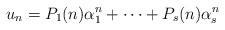
LaTeX: \begin{align*}u_n=P_1(n)\alpha_1^n+\cdots+P_s(n)\alpha_s^n\end{align*}